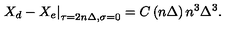
\left. X _ { d } - X _ { e } \right| _ { \tau = 2 n \Delta , \sigma = 0 } = C \left( n \Delta \right) n ^ { 3 } \Delta ^ { 3 } .